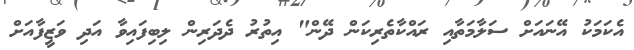
އެކަމަކު އޭނައަށް ސަލާމަތާއި ރައްކާތެރިކަން ދޭން" އިތުރު ދެދަރިން ލިބިފައިވާ އަދި ވަޒީފާއަށް